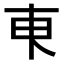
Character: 𬻌